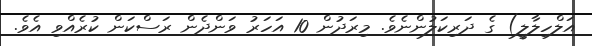
އަލްހިލާލީ) ގެ ދަރިކަލުންނެވެ. މިރަދުން 10 އަހަރު ވަންދެން ރަސްކަން ކުރެއްވި އެވެ.